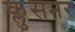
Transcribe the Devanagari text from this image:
क्लुसनर